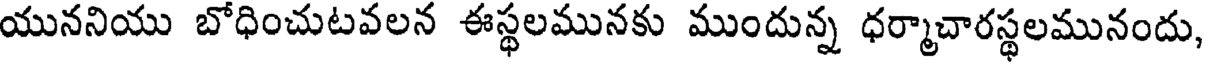
యుననియు బోధించుటవలన ఈస్థలమునకు ముందున్న ధర్మాచారస్థలమునందు,